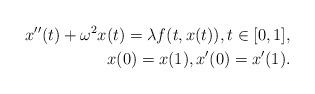
LaTeX: \begin{align*}x''(t)+\omega^2 x(t)=\lambda f(t,x(t)), t \in [0,1], \\x(0)=x(1), x'(0)=x'(1). \end{align*}